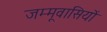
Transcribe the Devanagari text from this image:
जम्मूवासियों